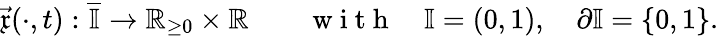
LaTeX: \vec{\mathfrak{x}}(\cdot,t):\overline{{\mathbb{I}}}\to{\mathbb R}_{\geq 0}\times{\mathbb R}\qquad\mathrm{~w~i~t~h~}\quad\mathbb{I}=(0,1),\quad\partial\mathbb{I}=\{ 0,1\} .